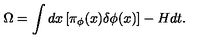
\Omega = \int d x \left[ \pi _ { \phi } ( x ) \delta \phi ( x ) \right] - H d t .